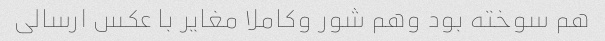
هم سوخته بود وهم شور وکاملا مغایر با عکس ارسالی